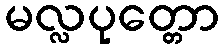
မလ္လပုတ္တော